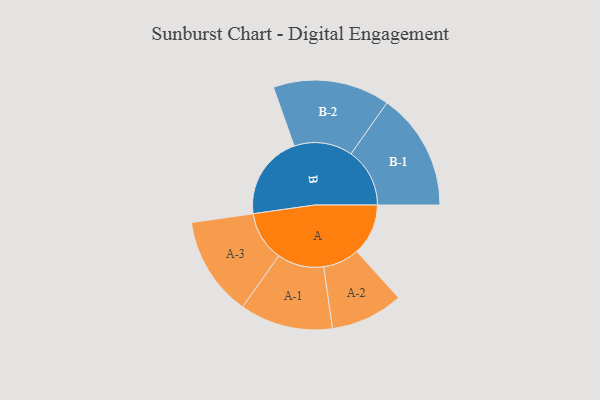
{"axis": {"x": "Segment", "y": "Value"}, "legend": ["", "A", "B"], "data": [{"x": "A", "y": 202, "type": ""}, {"x": "B", "y": 331, "type": ""}, {"x": "A-1", "y": 183, "type": "A"}, {"x": "A-2", "y": 143, "type": "A"}, {"x": "A-3", "y": 196, "type": "A"}, {"x": "B-1", "y": 231, "type": "B"}, {"x": "B-2", "y": 230, "type": "B"}]}